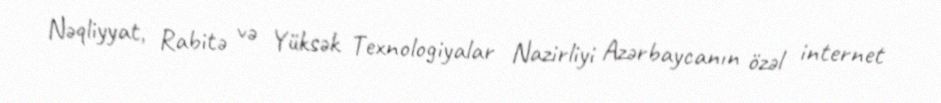
Nəqliyyat, Rabitə və Yüksək Texnologiyalar Nazirliyi Azərbaycanın özəl internet